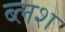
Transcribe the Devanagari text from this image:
ब्लश